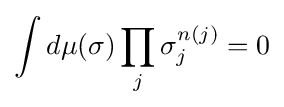
\int d\mu (\sigma )\prod _{j}\sigma _{j}^{n(j)}=0